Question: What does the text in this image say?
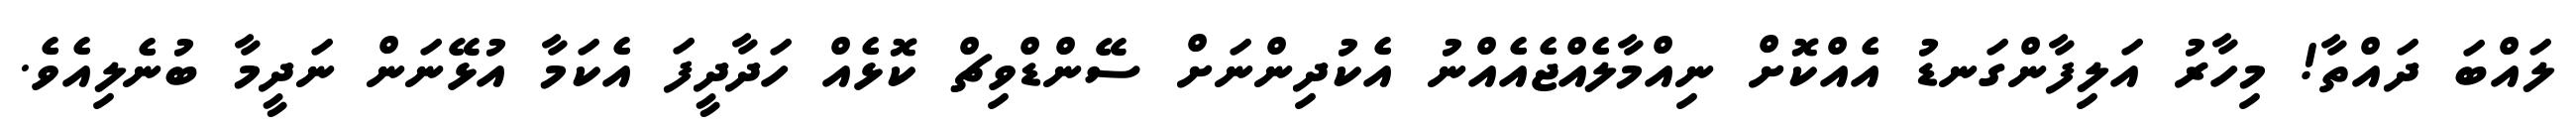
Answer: ލައްބަ ދައްތާ! މިހާރު އަލިފާންގަނޑު އެއްކޮށް ނިއްމާލެއްޖެއެއްނު އެކުދިންނަށް ސޭންޑްވިޗް ކޮޅެއް ހަދާދީފަ އެކަމާ އުޅޭނަން ނަދީމާ ބުނެލިއެވެ.